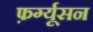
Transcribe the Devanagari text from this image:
फ़र्ग्यूसन